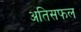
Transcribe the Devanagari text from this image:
अतिसफल